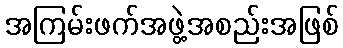
အကြမ်းဖက်အဖွဲ့အစည်းအဖြစ်